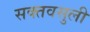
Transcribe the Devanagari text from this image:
सक्तवसुली